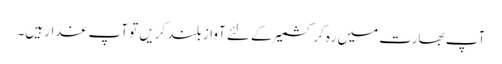
آپ بھارت میں رہ کر کشمیر کے لئے آواز بلند کریں تو آپ غدار ہیں۔